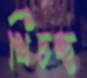
খিচচ্ছ